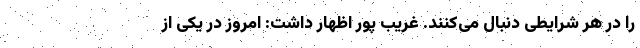
را در هر شرایطی دنبال می‌کنند. غریب پور اظهار داشت: امروز در یکی از